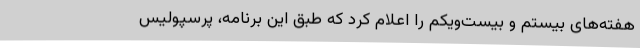
هفته‌های بیستم و بیست‌ویکم را اعلام کرد که طبق این برنامه، پرسپولیس